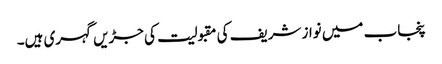
پنجاب میں نواز شریف کی مقبولیت کی جڑیں گہری ہیں۔